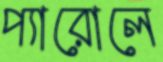
প্যারোলে